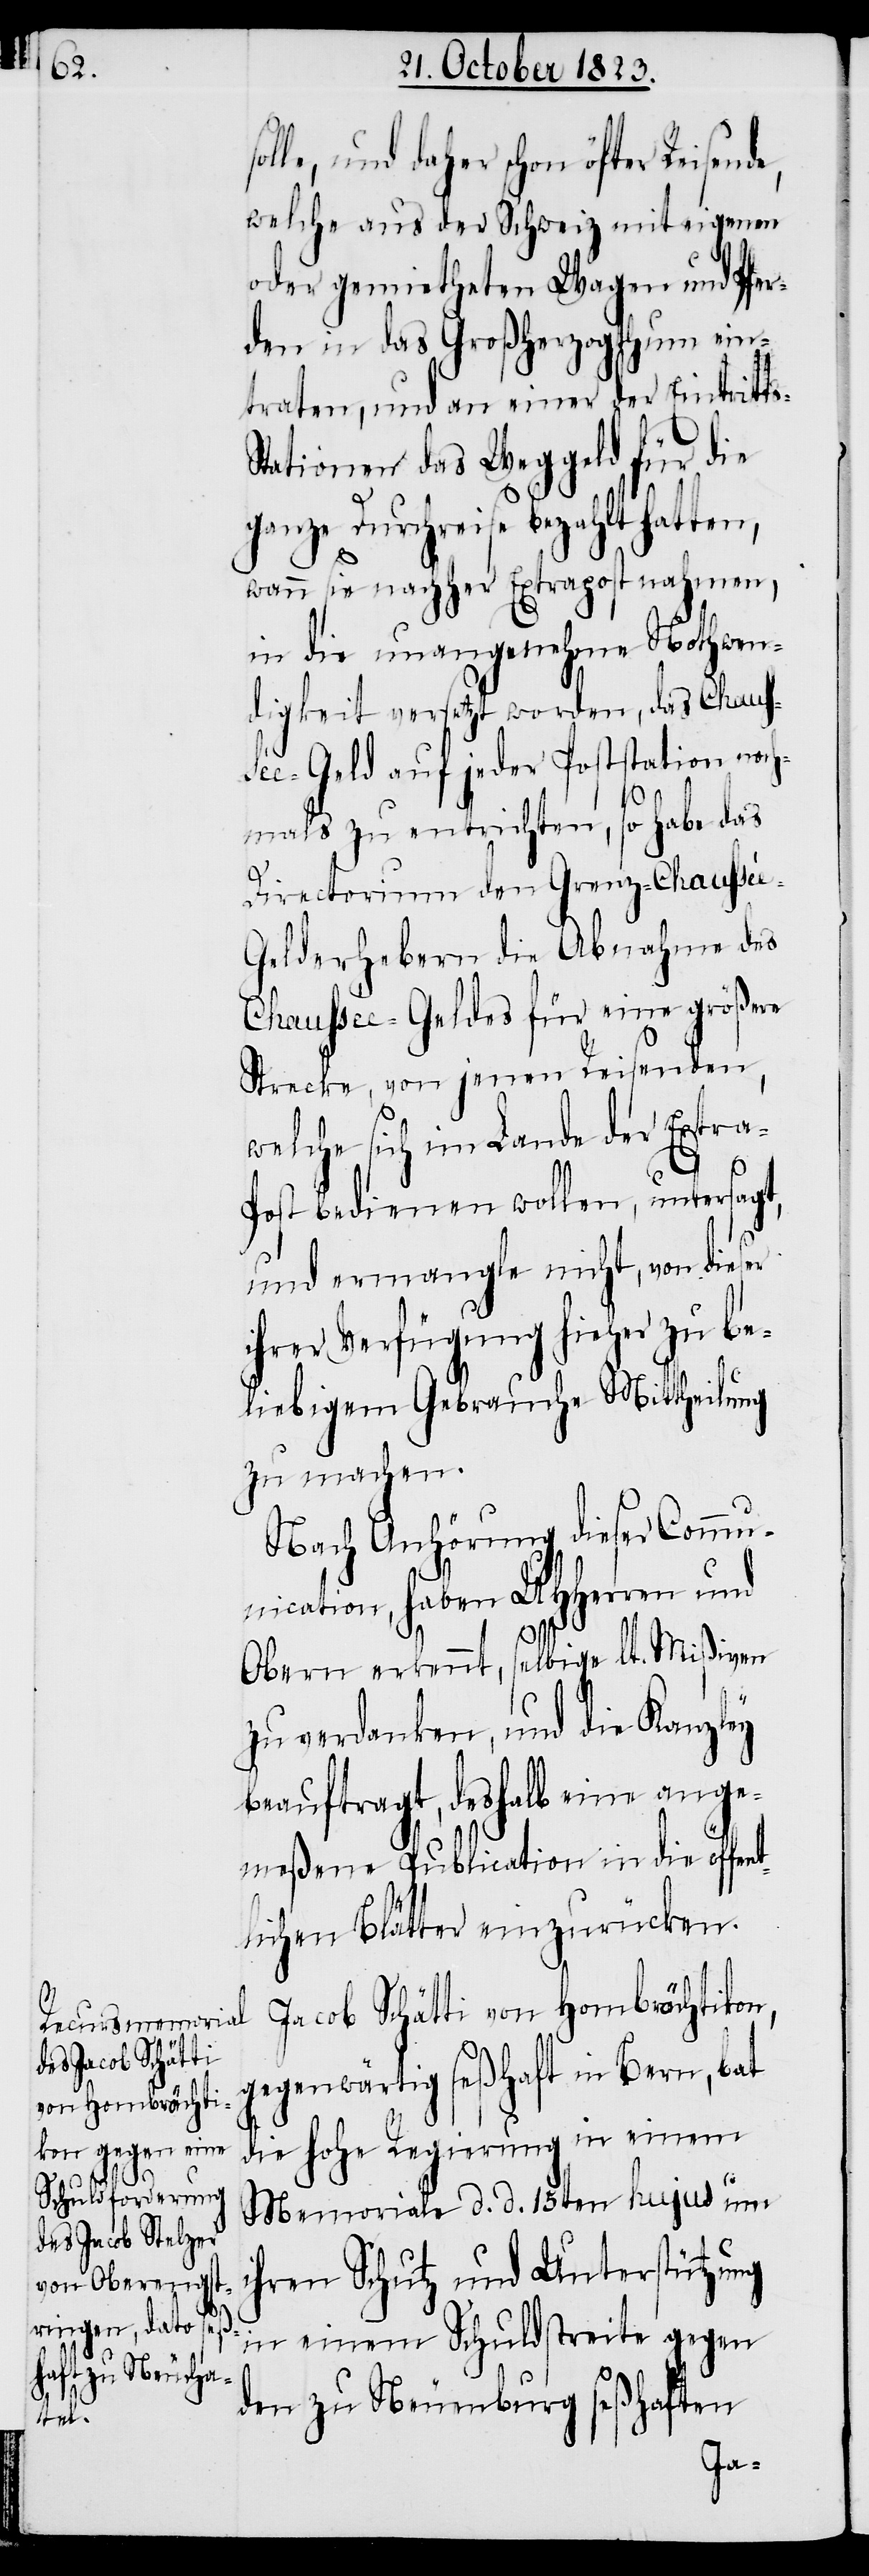
sol¬

le, und daher schon öfter Reisende,
welche aus der Schweiz mit eigenen
oder gemietheten Wagen und Pfer¬
den in das Großherzogthum ein¬
traten, und an einer der Eintritt¬
tationen das Weggeld für die
ganze Durchreise bezahlt hatten,
s-S¬
wann sie nachher Extrapost nahmen,
in die unangenehme Nothwen¬
digkeit versetzt worden, das Chaus¬
sée-Geld auf jeder Poststation noch¬
mals zu entrichten, so habe das
Directorium den Grenz-Chaussé¬
e-Gelderhebern die Abnahme des
Chaussée-Geldes für eine größere
Strecke, von jenen Reisenden,
welche sich im Lande der Extra-P¬
ost bedienen wollen, untersagt,
und ermangle nicht, von dieser
ihrer Verfügung hieher zu be¬
liebigem Gebrauche Mittheilung
zu machen.
Nach Anhörung dieser Commu¬
nication, haben UHHerren und
Obern erkennt, selbige lt. Mißiven
zu verdanken, und die Kanzley
beauftragt, deshalb eine ange¬
meßene Publication in die öffent¬
lichen Blätter einzurücken.
Jacob Schätti von Hombrächtikon,
gegenwärtig seßhaft in Bern, bat
die hohe Regierung in einem
Memoriale d. d. 15ten hujus um
ihren Schutz und Unterstützung
in einem Schuldstreite gegen
den zu Neuenburg seßhaften